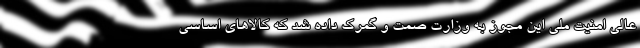
عالی امنیت ملی این مجوز به وزارت صمت و گمرک داده شد که کالاهای اساسی